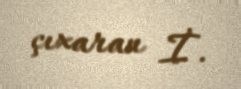
çıxaran İ.